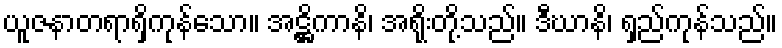
ယူဇနာတရာရှိကုန်သော။ အဋ္ဌိကာနိ၊ အရိုးတို့သည်။ ဒီဃာနိ၊ ရှည်ကုန်သည်။